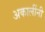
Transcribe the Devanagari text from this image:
अकालींनी